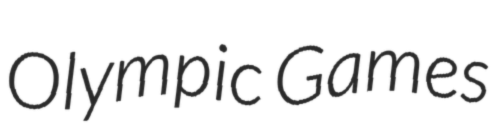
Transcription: Olympic Games